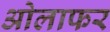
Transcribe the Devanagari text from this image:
ओलाफर